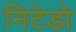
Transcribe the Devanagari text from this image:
निंटेडो